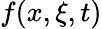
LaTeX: f(x,\xi,t)